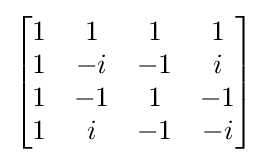
{\begin{bmatrix}1&1&1&1\\1&-i&-1&i\\1&-1&1&-1\\1&i&-1&-i\end{bmatrix}}